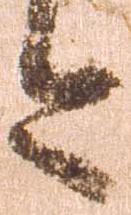
今